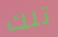
تلك